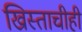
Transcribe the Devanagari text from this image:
ख्रिस्ताचीही